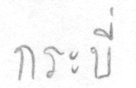
กระบี่